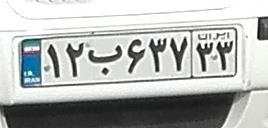
۱۲ب۶۳۷۳۳